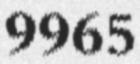
9965